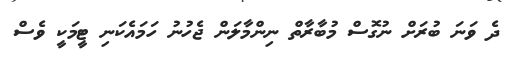
ދެ ވަނަ ބުރަށް ނުގޮސް މުބާރާތް ނިންމާލަން ޖެހުނު ހަމައެކަނި ޓީމަކީ ވެސް